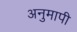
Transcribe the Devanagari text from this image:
अनुमापी